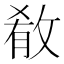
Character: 𫾼